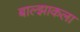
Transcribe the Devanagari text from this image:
बाल्झाकला